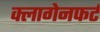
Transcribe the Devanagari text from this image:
क्लागेनफर्ट